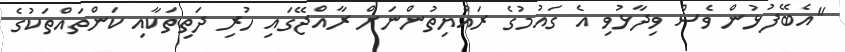
"އެބޭފުޅުން ވެސް ވިދާޅުވި އެ ގައުމުގެ ރައްޔިތުންނަށް ރާއްޖޭގައި ހުރި ދަތިތަކާއި ކަންތައްތަކުގެ